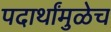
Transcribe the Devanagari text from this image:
पदार्थांमुळेच